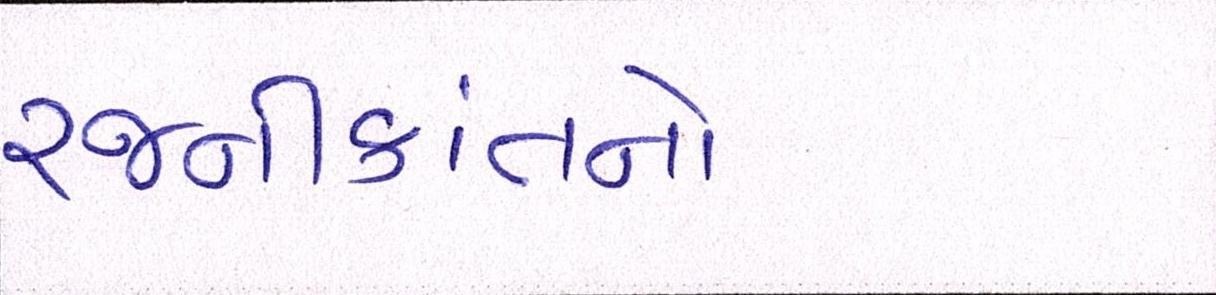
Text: રજનીકાંતનો